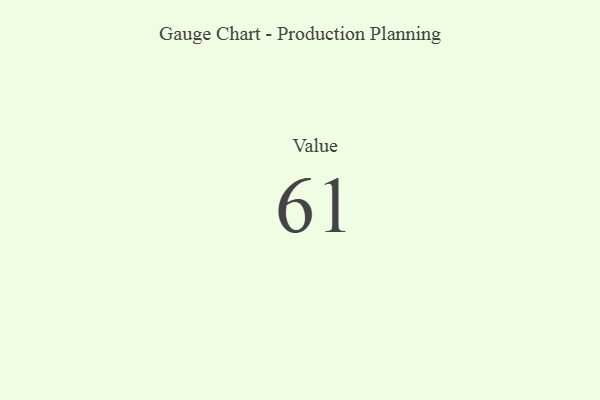
{"axis": {"x": "Metric", "y": "Value"}, "legend": [""], "data": [{"x": "Value", "y": 61, "type": ""}]}